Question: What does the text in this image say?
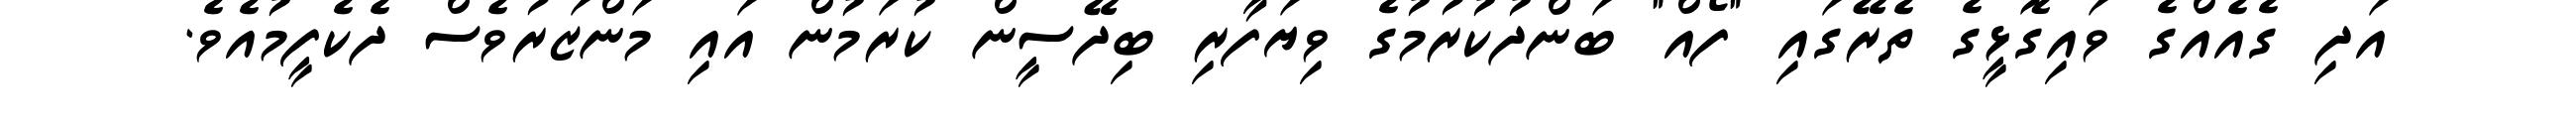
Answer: އަދި ގެއެއްގެ ވައިގޮޅީގެ ތެރޭގައި "ފޯއް" ބަންދުކުރުމުގެ ވިޔަފާރި ބިދޭސީން ކުރަމުން އައި މަންޒަރުވެސް ދެކެފީމުއެވެ.